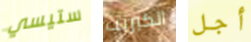
ستيسي الكبريت أجل